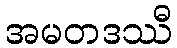
အမတဒဿီ